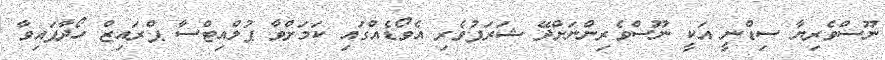
ނޫސްވެރިޔާ ސިޑްނީ އަކީ ނޫސްވެރިންނަށްދޭ ޝަރަފުވެރި އެވޯޑެއްގައި ކަމަށްވާ ޕުލްއިޓްސާ ޕްރައިޒް ހޯދާފައިވާ